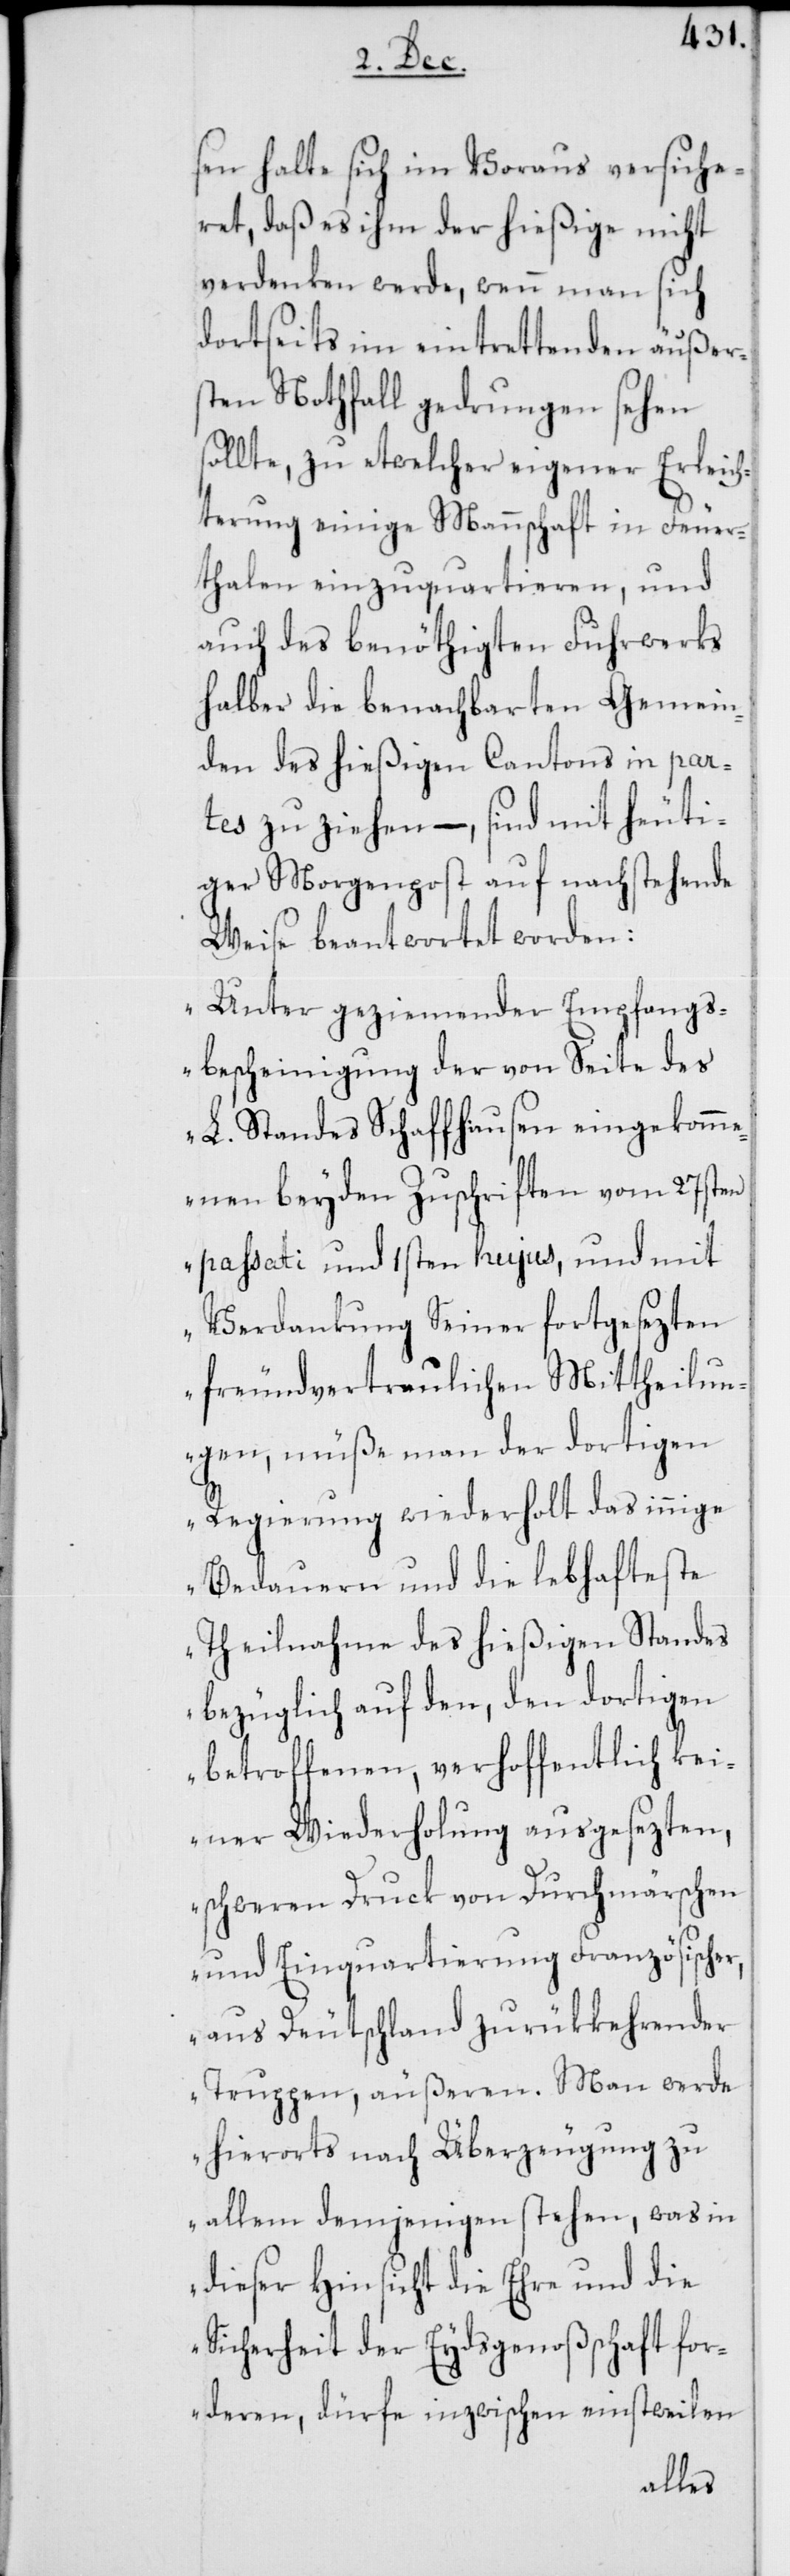
sen halte sich im Voraus versiche¬
ret, daß es ihm der hießige nicht
verdenken werde, wenn man sich
dortseits im eintrettenden äußer¬
sten Nothfall gedrungen sehen
sollte, zu etwelcher eigener Erleich¬
terung einige Mannschaft in Feuer¬
thalen einzuquartieren, und
auch des benöthigten Fuhrwerks
halber die benachbarten Gemein¬
den des hießigen Cantons in par¬
tes zu ziehen – , sind mit heuti¬
ger Morgenpost auf nachstehende
Weise beantwortet worden:
„Unter geziemender Empfangs¬
bescheinigung der von Seite des
L. Standes Schaffhausen eingekomm¬
enen beyden Zuschriften vom 27sten
passati und 1sten hujus, und mit
Verdankung Seiner fortgesezten
freundvertraulichen Mittheilun¬
gen, müße man der dortigen
Regierung wiederholt das innige
Bedauern und die lebhafteste
Theilnahme des hießigen Standes
bezüglich auf den, den dortigen
betroffenen, verhoffentlich kei¬
ner Wiederholung ausgesezten,
schweren Druck von Durchmärschen
und Einquartierung Französischer,
aus Deutschland zurükkehrender
Truppen, äußeren. Man werde
hierorts nach Überzeugung zu
allem demjenigen stehen, was in
dieser Hinsicht die Ehre und die
Sicherheit der Eydsgenoßschaft for¬
deren, dürfe inzwischen einstweilen